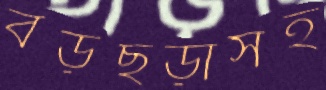
বড়ছড়াসহ